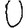
Digit: 0